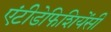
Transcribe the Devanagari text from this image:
एंटीडेफिशियेंसी